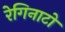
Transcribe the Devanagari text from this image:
रेगिनाटो